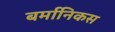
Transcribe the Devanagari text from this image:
बर्मानिकस